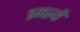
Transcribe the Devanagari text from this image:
इमल्यै